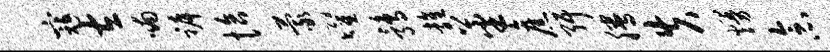
寇左喃裤恰蒙曜鹑雍蕃旧弭腾失熳念